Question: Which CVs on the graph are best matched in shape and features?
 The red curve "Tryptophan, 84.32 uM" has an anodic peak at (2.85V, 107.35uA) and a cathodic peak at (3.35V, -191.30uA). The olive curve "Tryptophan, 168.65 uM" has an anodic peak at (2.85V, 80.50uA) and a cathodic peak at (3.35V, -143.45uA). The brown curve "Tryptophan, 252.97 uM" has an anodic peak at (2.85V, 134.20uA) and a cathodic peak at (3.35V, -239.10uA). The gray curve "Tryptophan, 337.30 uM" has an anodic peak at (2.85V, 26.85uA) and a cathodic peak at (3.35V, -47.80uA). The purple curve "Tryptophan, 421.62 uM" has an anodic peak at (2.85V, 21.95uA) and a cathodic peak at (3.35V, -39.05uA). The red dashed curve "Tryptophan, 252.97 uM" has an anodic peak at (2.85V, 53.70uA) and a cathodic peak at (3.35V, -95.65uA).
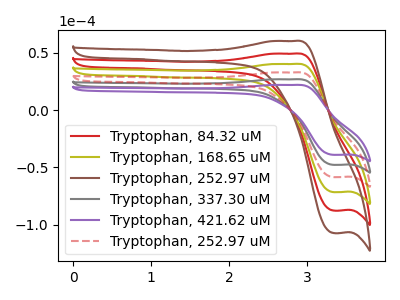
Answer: <think>All the peaks in "Tryptophan, 84.32 uM" have a peak in "Tryptophan, 168.65 uM" at the same potential. Every peak in "Tryptophan, 84.32 uM" is higher than every peak in "Tryptophan, 168.65 uM". All the peaks in "Tryptophan, 84.32 uM" have a peak in "Tryptophan, 252.97 uM" at the same potential. Every peak in "Tryptophan, 84.32 uM" is lower than every peak in "Tryptophan, 252.97 uM". All the peaks in "Tryptophan, 84.32 uM" have a peak in "Tryptophan, 337.30 uM" at the same potential. Every peak in "Tryptophan, 84.32 uM" is higher than every peak in "Tryptophan, 337.30 uM". All the peaks in "Tryptophan, 84.32 uM" have a peak in "Tryptophan, 421.62 uM" at the same potential. Every peak in "Tryptophan, 84.32 uM" is higher than every peak in "Tryptophan, 421.62 uM". All the peaks in "Tryptophan, 84.32 uM" have a peak in "Tryptophan, 252.97 uM" at the same potential. Every peak in "Tryptophan, 84.32 uM" is higher than every peak in "Tryptophan, 252.97 uM". All the peaks in "Tryptophan, 168.65 uM" have a peak in "Tryptophan, 252.97 uM" at the same potential. Every peak in "Tryptophan, 168.65 uM" is lower than every peak in "Tryptophan, 252.97 uM". All the peaks in "Tryptophan, 168.65 uM" have a peak in "Tryptophan, 337.30 uM" at the same potential. Every peak in "Tryptophan, 168.65 uM" is higher than every peak in "Tryptophan, 337.30 uM". All the peaks in "Tryptophan, 168.65 uM" have a peak in "Tryptophan, 421.62 uM" at the same potential. Every peak in "Tryptophan, 168.65 uM" is higher than every peak in "Tryptophan, 421.62 uM". All the peaks in "Tryptophan, 168.65 uM" have a peak in "Tryptophan, 252.97 uM" at the same potential. Every peak in "Tryptophan, 168.65 uM" is higher than every peak in "Tryptophan, 252.97 uM". All the peaks in "Tryptophan, 252.97 uM" have a peak in "Tryptophan, 337.30 uM" at the same potential. Every peak in "Tryptophan, 252.97 uM" is higher than every peak in "Tryptophan, 337.30 uM". All the peaks in "Tryptophan, 252.97 uM" have a peak in "Tryptophan, 421.62 uM" at the same potential. Every peak in "Tryptophan, 252.97 uM" is higher than every peak in "Tryptophan, 421.62 uM". All the peaks in "Tryptophan, 252.97 uM" have a peak in "Tryptophan, 252.97 uM" at the same potential. Every peak in "Tryptophan, 252.97 uM" is higher than every peak in "Tryptophan, 252.97 uM". All the peaks in "Tryptophan, 337.30 uM" have a peak in "Tryptophan, 421.62 uM" at the same potential. Every peak in "Tryptophan, 337.30 uM" is higher than every peak in "Tryptophan, 421.62 uM". All the peaks in "Tryptophan, 337.30 uM" have a peak in "Tryptophan, 252.97 uM" at the same potential. Every peak in "Tryptophan, 337.30 uM" is lower than every peak in "Tryptophan, 252.97 uM". All the peaks in "Tryptophan, 421.62 uM" have a peak in "Tryptophan, 252.97 uM" at the same potential. Every peak in "Tryptophan, 421.62 uM" is lower than every peak in "Tryptophan, 252.97 uM".
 </think>
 <answer>"Tryptophan, 421.62 uM", "Tryptophan, 84.32 uM", "Tryptophan, 168.65 uM", "Tryptophan, 252.97 uM", "Tryptophan, 337.30 uM" and "Tryptophan, 252.97 uM" have the same shape and are likely CV's of the same chemical.</answer>
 <eval>"Tryptophan, 421.62 uM" "Tryptophan, 84.32 uM" "Tryptophan, 168.65 uM" "Tryptophan, 252.97 uM" "Tryptophan, 337.30 uM" "Tryptophan, 252.97 uM"</eval>